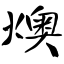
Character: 燠